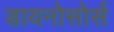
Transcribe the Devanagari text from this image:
डायनोसोर्स